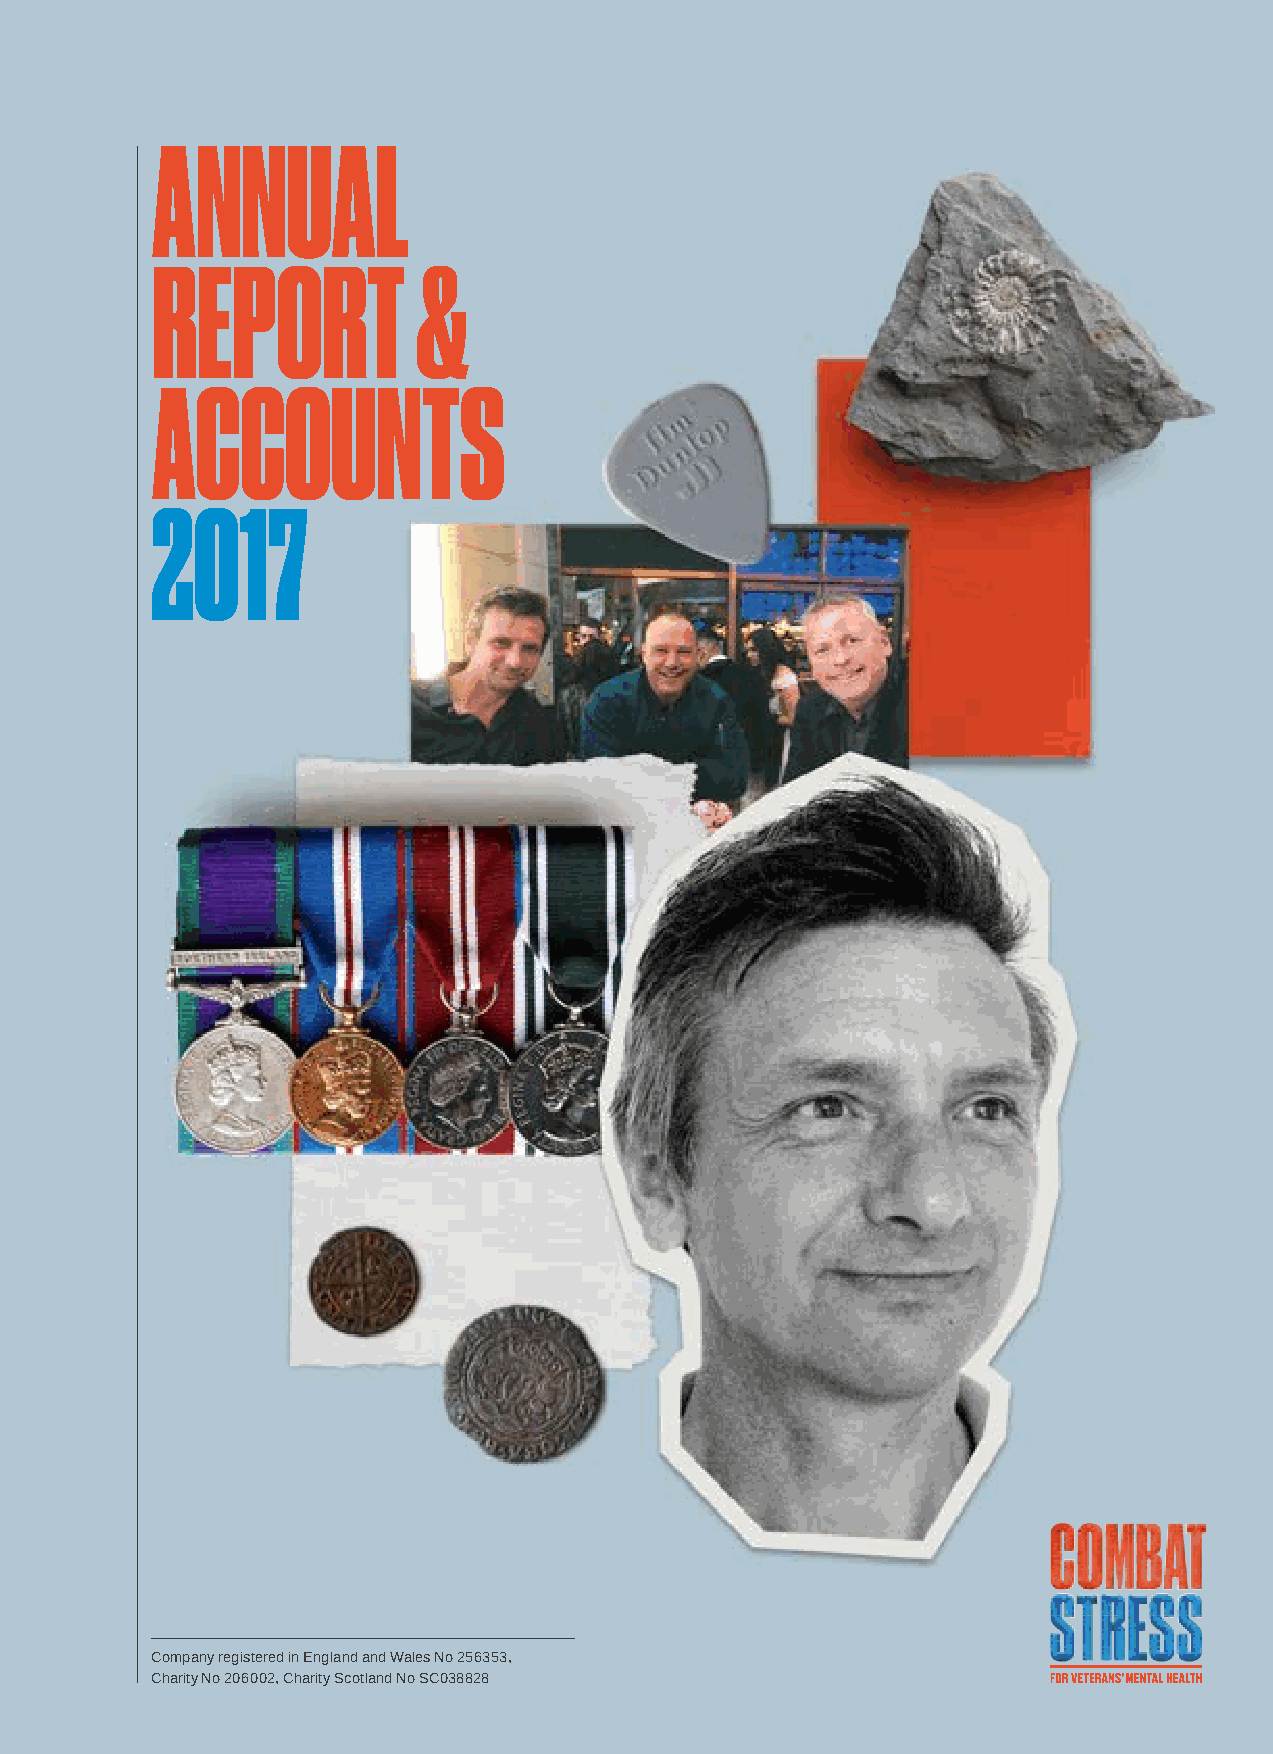
ANNUAL
 REPORT            &
 ACCOUNTS
 2017
 Company registered in England and Wales No 256353,
 Charity No 206002, Charity Scotland No SC038828